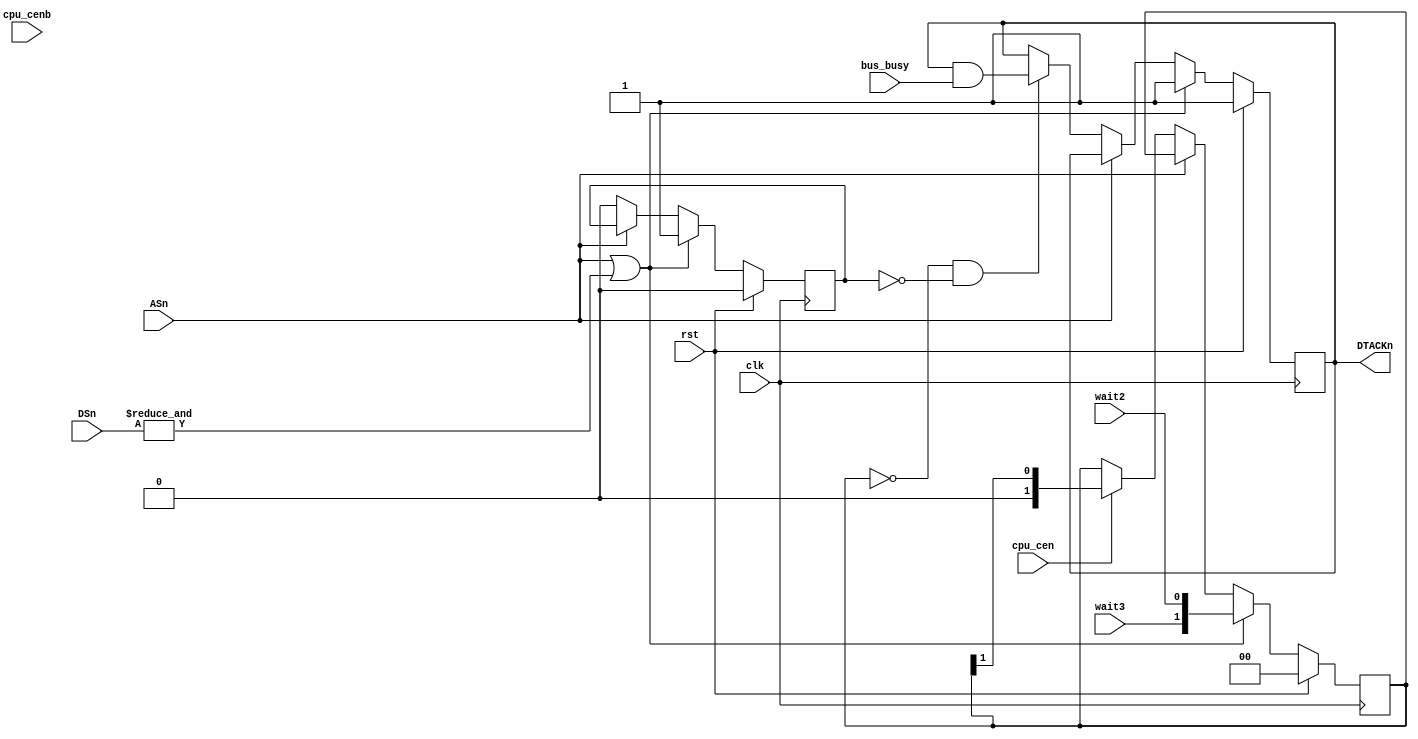
// This program was cloned from: https://github.com/jotego/jtcores
// License: GNU General Public License v3.0

/*  This file is part of JTFRAME.
    JTFRAME program is free software: you can redistribute it and/or modify
    it under the terms of the GNU General Public License as published by
    the Free Software Foundation, either version 3 of the License, or
    (at your option) any later version.

    JTFRAME program is distributed in the hope that it will be useful,
    but WITHOUT ANY WARRANTY; without even the implied warranty of
    MERCHANTABILITY or FITNESS FOR A PARTICULAR PURPOSE.  See the
    GNU General Public License for more details.

    You should have received a copy of the GNU General Public License
    along with JTFRAME.  If not, see <http://www.gnu.org/licenses/>.

    Author: Jose Tejada Gomez. Twitter: @topapate
    Version: 1.0
    Date: 20-5-2021 */

/*

    Generates the standard /DTACK signal expected by the CPU,
    i.e. there is an idle cycle for each bus cycle

    If there is a special bus access, marked by bus_cs, and
    it takes longer to complete than one cycle, the extra time
    will be recovered for later. If bus_legit is high, the time
    will not be recovered as it is identified as legitim wait
    in the original system

    DSn -and not just ASn- must be used so read-modify-write
    instructions have a second /DTACK signal generated for
    the write cycle

    Note that if jtframe_ramrq is used, then DSn must also
    gate the SDRAM requests so you get a cs toggle in the
    middle of the read-modify-write cycles

    DSn goes low one cycle after ASn under some conditions, so
    if ASn | DSn is used to set DTACKn, it will take one more
    cycle than expected on those occasions. Both CPS and S16
    use only ASn to generate DTACKn.

    The M68K requires one wait cycle for all access. But it's
    common to have systems where 2 or 3 wait states are used too.
    The wait2 and wait3 inputs can be set high to use more wait
    states. Clock cycle recovery does not take effect during
    extra wait states requested by the system.

*/

module jtframe_68kdtack(
    input         rst,
    input         clk,
    input         cpu_cen,
    input         cpu_cenb,
    input         bus_busy, // when to apply wait states
    input         ASn,  // DTACKn set low at the next cpu_cen after ASn goes low
    input [1:0]   DSn,  // If DSn goes high, DTACKn is reset high
    input         wait2, // high for 2 wait states
    input         wait3, // high for 3 wait states

    output reg    DTACKn
);

reg [1:0] waitsh;
reg       wait1;

always @(posedge clk) begin : dtack_gen
    if( rst ) begin
        DTACKn <= 1;
        waitsh <= 0;
        wait1  <= 0;
    end else begin
        if( ASn | &DSn ) begin // DSn is needed for read-modify-write cycles
               // performed on the SDRAM. Just checking the DSn rising edge
               // is not enough on Rastan
            DTACKn <= 1;
            wait1  <= 1; // gives a clock cycle to bus_busy to toggle
            waitsh <= {wait3,wait2};
        end else if( !ASn ) begin
            wait1 <= 0;
            if( cpu_cen ) waitsh <= waitsh>>1;
            if( waitsh==0 && !wait1 ) begin
                DTACKn <= DTACKn && bus_busy;
            end
        end
    end
end

endmodule